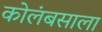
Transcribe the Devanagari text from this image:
कोलंबसाला